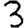
Digit: 3